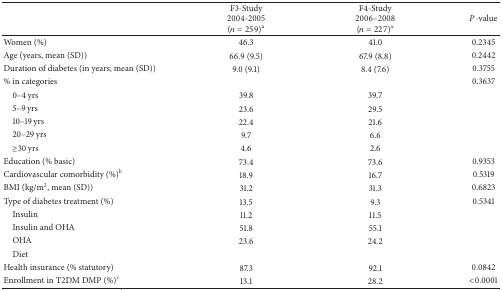
|  | F3-Study 2004-2005 (n = 259)a | F4-Study 2006–2008 (n = 227)a | P-value |
 | --- | --- | --- | --- |
 | Women (%) | 46.3 | 41.0 | 0.2345 |
 | Age (years, mean (SD)) | 66.9 (9.5) | 67.9 (8.8) | 0.2442 |
 | Duration of diabetes (in years; mean (SD)) | 9.0 (9.1) | 8.4 (7.6) | 0.3755 |
 | % in categories |  |  | 0.3637 |
 | 0–4 yrs | 39.8 | 39.7 |  |
 | 5–9 yrs | 23.6 | 29.5 |  |
 | 10–19 yrs | 22.4 | 21.6 |  |
 | 20–29 yrs | 9.7 | 6.6 |  |
 | ≥30 yrs | 4.6 | 2.6 |  |
 | Education (% basic) | 73.4 | 73.6 | 0.9353 |
 | Cardiovascular comorbidity (%)b | 18.9 | 16.7 | 0.5319 |
 | BMI (kg/m2, mean (SD)) | 31.2 | 31.3 | 0.6823 |
 | Type of diabetes treatment (%) | 13.5 | 9.3 | 0.5341 |
 | Insulin | 11.2 | 11.5 |  |
 | Insulin and OHA | 51.8 | 55.1 |  |
 | OHA | 23.6 | 24.2 |  |
 | Diet |  |  |  |
 | Health insurance (% statutory) | 87.3 | 92.1 | 0.0842 |
 | Enrollment in T2DM DMP (%)c | 13.1 | 28.2 | <0.0001 |